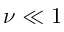
\nu \ll 1